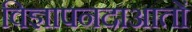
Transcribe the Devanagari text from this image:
विज्ञापनदाआतों